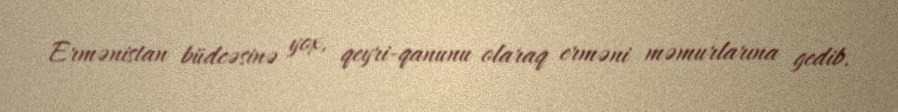
Ermənistan büdcəsinə yox, qeyri-qanunu olaraq erməni məmurlarına gedib.